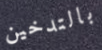
بالتدخين